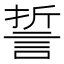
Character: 誓